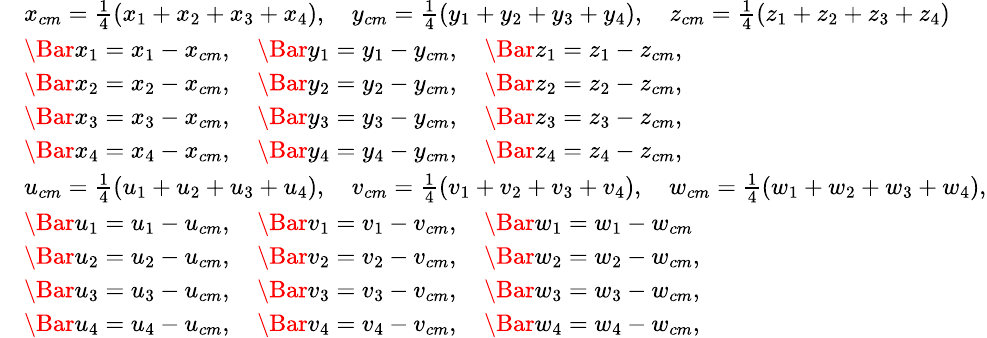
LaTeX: \small\begin{array}{rl}&{x_{cm}=\frac{1}{4}(x_{1}+x_{2}+x_{3}+x_{4}),\quad y_{cm}=\frac{1}{4}(y_{1}+y_{2}+y_{3}+y_{4}),\quad z_{cm}=\frac{1}{4}(z_{1}+z_{2}+z_{3}+z_{4})}\\ &{\Bar{x}_{1}=x_{1}-x_{cm},\quad\Bar{y}_{1}=y_{1}-y_{cm},\quad\Bar{z}_{1}=z_{1}-z_{cm},}\\ &{\Bar{x}_{2}=x_{2}-x_{cm},\quad\Bar{y}_{2}=y_{2}-y_{cm},\quad\Bar{z}_{2}=z_{2}-z_{cm},}\\ &{\Bar{x}_{3}=x_{3}-x_{cm},\quad\Bar{y}_{3}=y_{3}-y_{cm},\quad\Bar{z}_{3}=z_{3}-z_{cm},}\\ &{\Bar{x}_{4}=x_{4}-x_{cm},\quad\Bar{y}_{4}=y_{4}-y_{cm},\quad\Bar{z}_{4}=z_{4}-z_{cm},}\\ &{u_{cm}=\frac{1}{4}(u_{1}+u_{2}+u_{3}+u_{4}),\quad v_{cm}=\frac{1}{4}(v_{1}+v_{2}+v_{3}+v_{4}),\quad w_{cm}=\frac{1}{4}(w_{1}+w_{2}+w_{3}+w_{4}),}\\ &{\Bar{u}_{1}=u_{1}-u_{cm},\quad\Bar{v}_{1}=v_{1}-v_{cm},\quad\Bar{w}_{1}=w_{1}-w_{cm}}\\ &{\Bar{u}_{2}=u_{2}-u_{cm},\quad\Bar{v}_{2}=v_{2}-v_{cm},\quad\Bar{w}_{2}=w_{2}-w_{cm},}\\ &{\Bar{u}_{3}=u_{3}-u_{cm},\quad\Bar{v}_{3}=v_{3}-v_{cm},\quad\Bar{w}_{3}=w_{3}-w_{cm},}\\ &{\Bar{u}_{4}=u_{4}-u_{cm},\quad\Bar{v}_{4}=v_{4}-v_{cm},\quad\Bar{w}_{4}=w_{4}-w_{cm},}\end{array}